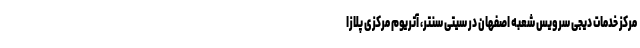
مرکز خدمات دیجی سرویس شعبه اصفهان در سیتی سنتر، آتریوم مرکزی پلازا